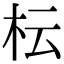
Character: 枟